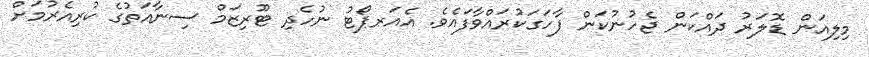
މިލިއަން ޑޮލަރު ދައްކަން ޖެހުނުކަން ފާހަގަކުރައްވާފައެވެ. އެއަރޕޯޓު ނުހެދި ޓޫރިޒަމް ސިނާއަތުގެ ކުރިއެރުމަށް